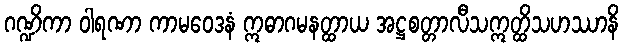
ဂဏ္ဍိကာ ဝါရဏာ ကာမဝေဒနံ ဣဓာဂမနတ္ထာယ အဋ္ဌစတ္တာလီသဣတ္ထိသဟဿာနိ